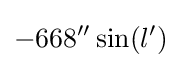
-668''\sin(l')